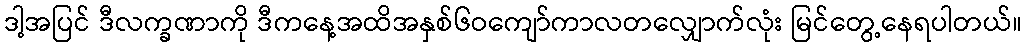
ဒါ့အပြင် ဒီလက္ခဏာကို ဒီကနေ့အထိအနှစ်၆ဝကျော်ကာလတလျှောက်လုံး မြင်တွေ့နေရပါတယ်။